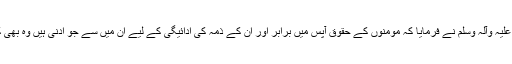
آپ صلی اللہ علیہ وآلہ وسلم نے فرمایا کہ مومنوں کے حقوق آپس میں برابر اور ان کے ذمہ کی ادائیگی کے لیے ان میں سے جو اَدنیٰ ہیں وہ بھی کوشش کریں۔